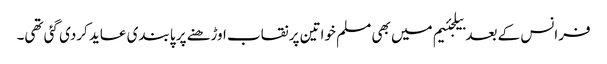
فرانس کے بعد بیلجئیم میں بھی مسلم خواتین پر نقاب اوڑھنے پر پابندی عاید کردی گئی تھی۔